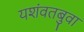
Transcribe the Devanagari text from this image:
यशंवतबुवा